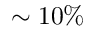
\sim 1 0 \%